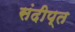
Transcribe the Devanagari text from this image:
संदीप्त